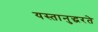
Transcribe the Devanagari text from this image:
यस्तानुद्धरते